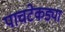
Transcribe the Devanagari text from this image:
पाचटेकड्या